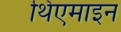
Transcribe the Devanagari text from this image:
थिएमाइन